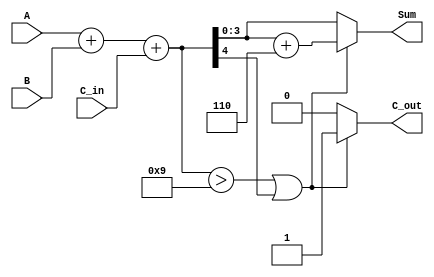
module BCD_Asynchronous_Adder (
    input  [3:0] A,      // First BCD digit
    input  [3:0] B,      // Second BCD digit
    input        C_in,    // Carry input
    output reg [3:0] Sum, // BCD sum output
    output reg C_out      // Carry output
);

    // Internal wires for binary sum and carry
    wire [4:0] binary_sum; // 5 bits to accommodate carry
    wire correction_needed;

    // Step 1: Binary addition of A, B and C_in
    assign binary_sum = A + B + C_in;

    // Step 2: Determine if correction is needed
    assign correction_needed = (binary_sum > 4'b1001) || binary_sum[4];

    // Step 3: BCD correction logic
    always @(*) begin
        if (correction_needed) begin
            Sum = binary_sum + 4'b0110; // Add 6 for correction
            C_out = 1;                   // Set carry out
        end else begin
            Sum = binary_sum[3:0];       // No correction needed
            C_out = 0;                   // No carry out
        end
    end

endmodule